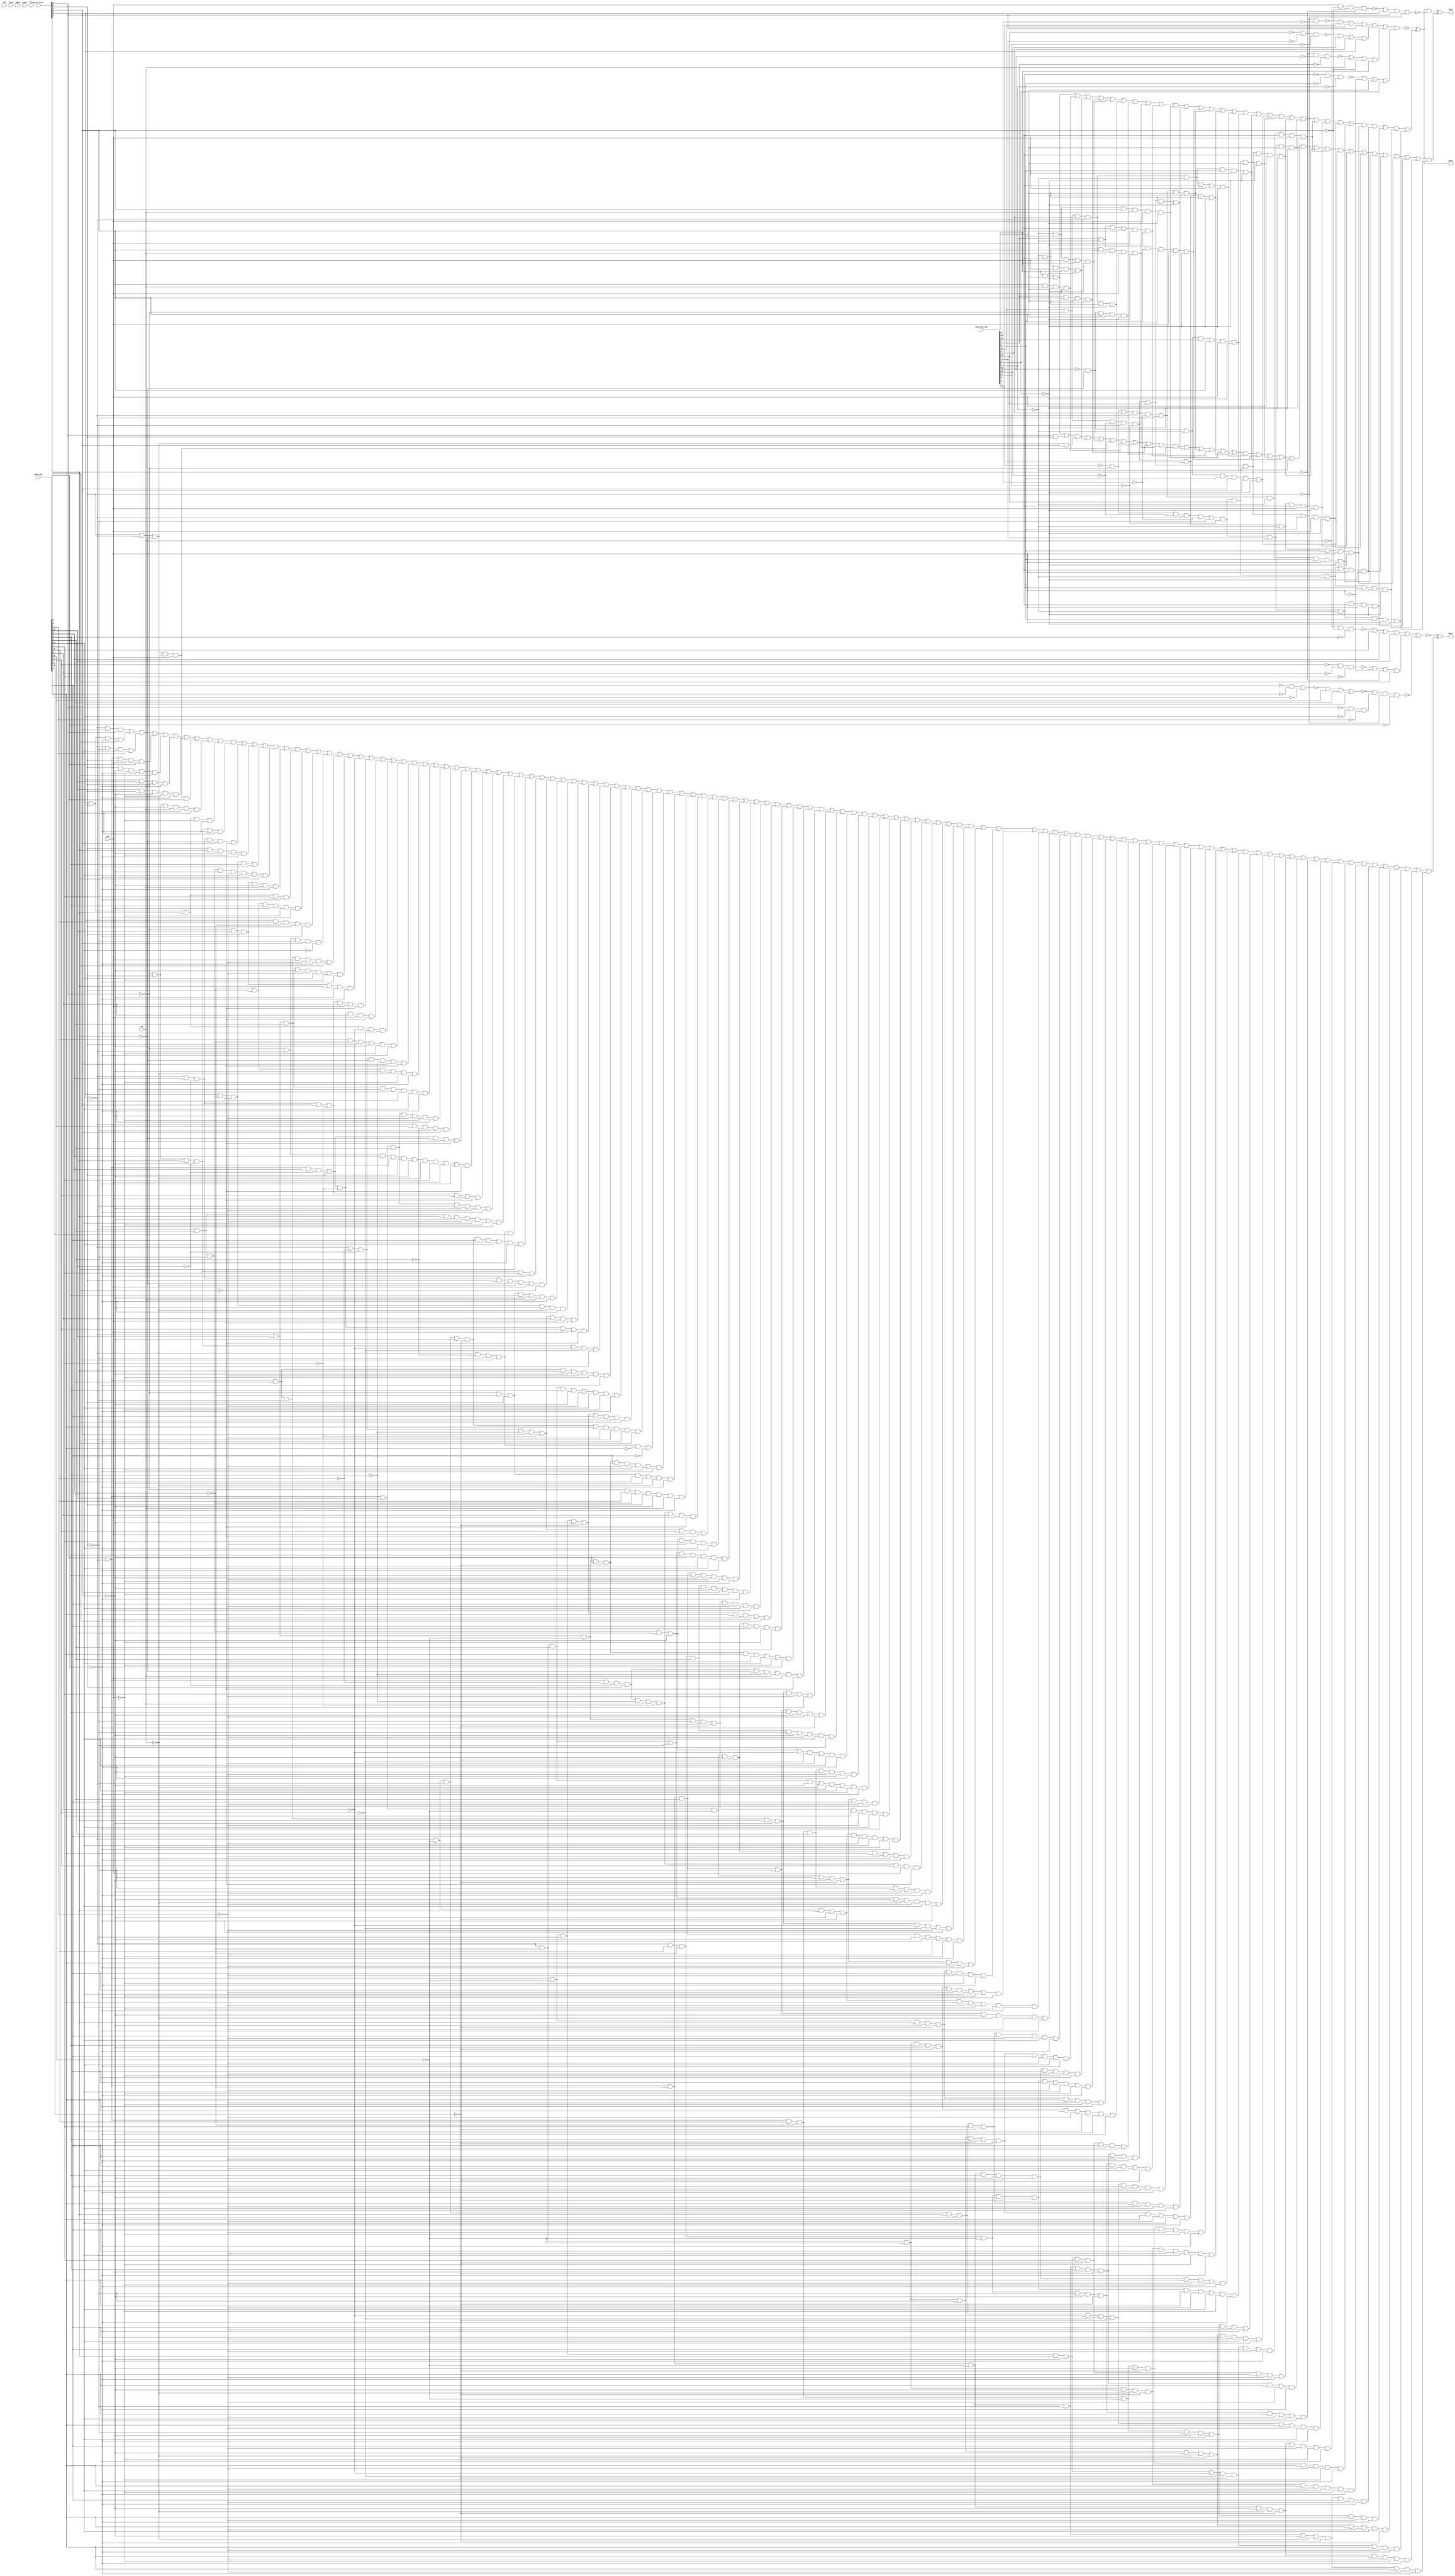
module top(Sync,Gate,Done,clk,ena,rst,Tsync,Tgdel,Tgate,Tlen,prev_cnt,prev_cnt_len,prev_state);
	input clk, ena, rst;
	input [7:0]Tsync, Tgdel;
	input [15:0]Tgate, Tlen, prev_cnt, prev_cnt_len;
	input [4:0]prev_state;
	output Sync, Gate, Done;
	wire clk, ena, rst;
	wire [7:0]Tsync, Tgdel;
	wire [15:0]Tgate, Tlen, prev_cnt, prev_cnt_len;
	wire [4:0]prev_state;
	wire Sync, Gate, Done, n_130, n_142, n_164, n_167, n_290, n_413, n_414, n_415, n_416, n_417, n_418, n_419, n_420, n_421, n_422, n_423, n_424, n_425, n_426, n_427, n_428, n_429, n_430, n_431, n_432, n_433, n_434, n_435, n_436, n_437, n_438, n_439, n_440, n_441, n_442, n_443, n_444, n_445, n_446, n_447, n_448, n_449, n_450, n_451, n_452, n_453, n_454, n_455, n_456, n_457, n_458;
	wire sub_wire0, w_eco0, w_eco1, w_eco2, w_eco3, w_eco4, w_eco5, w_eco6, w_eco7, w_eco8, w_eco9, w_eco10, w_eco11, w_eco12, w_eco13, w_eco14, w_eco15, w_eco16, w_eco17, w_eco18, w_eco19, w_eco20, w_eco21, w_eco22, w_eco23, w_eco24, w_eco25, w_eco26, w_eco27, w_eco28, w_eco29, w_eco30, sub_wire1, w_eco31, w_eco32, w_eco33, w_eco34, w_eco35, w_eco36, w_eco37, w_eco38, w_eco39, w_eco40, w_eco41, w_eco42, w_eco43, w_eco44, w_eco45, w_eco46, w_eco47, w_eco48, w_eco49, w_eco50, w_eco51, w_eco52, w_eco53, w_eco54, w_eco55, w_eco56, w_eco57, w_eco58, w_eco59, w_eco60, w_eco61, w_eco62, w_eco63, w_eco64, sub_wire2, w_eco65, w_eco66, w_eco67, w_eco68, w_eco69, w_eco70, w_eco71, w_eco72, w_eco73, w_eco74, w_eco75, w_eco76, w_eco77, w_eco78, w_eco79, w_eco80, w_eco81, w_eco82, w_eco83, w_eco84, w_eco85, w_eco86, w_eco87, w_eco88, w_eco89, w_eco90, w_eco91, w_eco92, w_eco93, w_eco94, w_eco95, w_eco96, w_eco97, w_eco98, w_eco99, w_eco100, w_eco101, w_eco102, w_eco103, w_eco104, w_eco105, w_eco106, w_eco107, w_eco108, w_eco109, w_eco110, w_eco111, w_eco112, w_eco113, w_eco114, w_eco115, w_eco116, w_eco117, w_eco118, w_eco119, w_eco120, w_eco121, w_eco122, w_eco123, w_eco124, w_eco125, w_eco126, w_eco127, w_eco128, w_eco129, w_eco130, w_eco131, w_eco132, w_eco133, w_eco134, w_eco135, w_eco136, w_eco137, w_eco138, w_eco139, w_eco140, w_eco141, w_eco142, w_eco143, w_eco144, w_eco145, w_eco146, w_eco147, w_eco148, w_eco149, w_eco150, w_eco151, w_eco152, w_eco153, w_eco154, w_eco155, w_eco156, w_eco157, w_eco158, w_eco159, w_eco160, w_eco161, w_eco162, w_eco163, w_eco164, w_eco165, w_eco166, w_eco167, w_eco168, w_eco169, w_eco170, w_eco171, w_eco172, w_eco173, w_eco174, w_eco175, w_eco176, w_eco177, w_eco178, w_eco179, w_eco180, w_eco181, w_eco182;

	nor g63(n_290, Done, n_458);
	not g70(sub_wire1, n_290);
	nor g91(n_130, n_438, prev_cnt_len[5], prev_cnt_len[11], prev_state[1]);
	nor g103(n_142, n_440, prev_cnt_len[15], prev_cnt_len[9], prev_state[3]);
	nor g105(n_167, n_448, prev_cnt[10], prev_cnt[6], prev_cnt[15]);
	nor g111(n_164, n_453, prev_cnt[14], prev_cnt[3], prev_state[3]);
	not g357(n_413, prev_state[1]);
	not g358(n_414, prev_cnt_len[3]);
	not g359(n_415, prev_state[0]);
	not g360(n_416, prev_cnt_len[0]);
	not g361(n_417, prev_cnt_len[7]);
	not g362(n_418, prev_cnt_len[13]);
	not g363(n_419, prev_cnt_len[4]);
	not g364(n_420, prev_cnt_len[10]);
	not g365(n_421, prev_state[2]);
	not g366(n_422, prev_cnt_len[1]);
	not g367(n_423, prev_cnt_len[6]);
	not g368(n_424, prev_cnt_len[12]);
	not g369(n_425, prev_cnt[1]);
	not g370(n_426, prev_state[4]);
	not g371(n_427, rst);
	not g372(n_428, prev_cnt[4]);
	not g373(n_429, prev_cnt[8]);
	not g374(n_430, prev_cnt[12]);
	not g375(n_431, prev_cnt[5]);
	not g376(n_432, prev_cnt[9]);
	not g377(n_433, prev_cnt[13]);
	not g378(n_434, prev_cnt[7]);
	not g379(n_435, prev_cnt[11]);
	not g380(n_436, ena);
	not g381(n_437, prev_cnt[0]);
	nand g382(n_438, n_415, n_414);
	not g383(n_439, n_130);
	nand g384(n_440, n_418, n_417, n_416);
	not g385(n_441, n_142);
	nand g386(n_442, n_421, n_420, n_419);
	nor g387(n_443, n_442, rst, n_426, prev_cnt_len[2]);
	not g388(n_444, n_443);
	nand g389(n_445, n_424, n_423, n_422);
	nor g390(n_446, n_445, n_436, prev_cnt_len[14], prev_cnt_len[8]);
	not g391(n_447, n_446);
	nor g392(sub_wire0, n_439, n_441, n_444, n_447);
	nand g393(n_448, n_427, n_426, n_425);
	not g394(n_449, n_167);
	nand g395(n_450, n_430, n_429, n_428);
	nor g396(n_451, n_450, n_436, n_421, prev_cnt[2]);
	not g397(n_452, n_451);
	nand g398(n_453, n_433, n_432, n_431);
	nand g399(n_454, n_413, n_435, n_434);
	not g400(n_455, n_454);
	nand g401(n_456, n_164, n_455, n_415, n_437);
	nor g402(sub_wire2, n_449, n_452, n_456);
	nand g403(n_457, ena, n_427, n_426, n_421);
	nor g404(n_458, n_457, prev_state[3], prev_state[1], n_415);
	and _ECO_0(w_eco0, prev_cnt_len[2], prev_cnt_len[14], !prev_cnt_len[8]);
	and _ECO_1(w_eco1, prev_state[4], rst, prev_cnt_len[14], !prev_cnt_len[8]);
	and _ECO_2(w_eco2, !prev_cnt_len[1], prev_cnt_len[12], ena, prev_cnt_len[2], !prev_cnt_len[8]);
	and _ECO_3(w_eco3, prev_cnt_len[4], prev_state[4], prev_cnt_len[14], !prev_cnt_len[8]);
	and _ECO_4(w_eco4, !prev_cnt_len[1], prev_cnt_len[6], ena, prev_cnt_len[2], !prev_cnt_len[8]);
	and _ECO_5(w_eco5, prev_cnt_len[11], !prev_state[1], prev_cnt_len[9], !prev_state[3], prev_cnt_len[14], !prev_cnt_len[8]);
	and _ECO_6(w_eco6, !prev_cnt_len[10], !prev_state[2], prev_state[4], prev_cnt_len[14], !prev_cnt_len[8]);
	and _ECO_7(w_eco7, !prev_cnt_len[1], prev_cnt_len[12], prev_state[4], rst, ena, !prev_cnt_len[8]);
	and _ECO_8(w_eco8, prev_cnt_len[4], !prev_cnt_len[1], prev_cnt_len[12], prev_state[4], ena, !prev_cnt_len[8]);
	and _ECO_9(w_eco9, !prev_cnt_len[1], prev_cnt_len[6], prev_state[4], rst, ena, !prev_cnt_len[8]);
	and _ECO_10(w_eco10, prev_cnt_len[11], !prev_state[1], !prev_cnt_len[15], !prev_state[3], !prev_cnt_len[0], prev_cnt_len[13], prev_cnt_len[14], !prev_cnt_len[8]);
	and _ECO_11(w_eco11, prev_cnt_len[4], !prev_cnt_len[1], prev_cnt_len[6], prev_state[4], ena, !prev_cnt_len[8]);
	and _ECO_12(w_eco12, !prev_cnt_len[5], !prev_state[1], prev_cnt_len[9], !prev_state[3], !prev_cnt_len[3], !prev_state[0], prev_cnt_len[14], !prev_cnt_len[8]);
	and _ECO_13(w_eco13, prev_cnt_len[11], !prev_state[1], !prev_cnt_len[15], !prev_state[3], !prev_cnt_len[0], prev_cnt_len[7], prev_cnt_len[14], !prev_cnt_len[8]);
	and _ECO_14(w_eco14, prev_cnt_len[11], !prev_state[1], prev_cnt_len[9], !prev_state[3], !prev_cnt_len[1], prev_cnt_len[12], ena, !prev_cnt_len[8]);
	and _ECO_15(w_eco15, !prev_cnt_len[10], !prev_state[2], !prev_cnt_len[1], prev_cnt_len[12], prev_state[4], ena, !prev_cnt_len[8]);
	and _ECO_16(w_eco16, prev_cnt_len[11], !prev_state[1], prev_cnt_len[9], !prev_state[3], !prev_cnt_len[1], prev_cnt_len[6], ena, !prev_cnt_len[8]);
	and _ECO_17(w_eco17, !prev_cnt_len[10], !prev_state[2], !prev_cnt_len[1], prev_cnt_len[6], prev_state[4], ena, !prev_cnt_len[8]);
	and _ECO_18(w_eco18, !prev_cnt_len[5], !prev_state[1], !prev_cnt_len[15], !prev_state[3], !prev_cnt_len[3], !prev_state[0], !prev_cnt_len[0], prev_cnt_len[13], prev_cnt_len[14], !prev_cnt_len[8]);
	and _ECO_19(w_eco19, prev_cnt_len[11], !prev_state[1], !prev_cnt_len[15], !prev_state[3], !prev_cnt_len[0], prev_cnt_len[13], !prev_cnt_len[1], prev_cnt_len[12], ena, !prev_cnt_len[8]);
	and _ECO_20(w_eco20, !prev_cnt_len[5], !prev_state[1], !prev_cnt_len[15], !prev_state[3], !prev_cnt_len[3], !prev_state[0], !prev_cnt_len[0], prev_cnt_len[7], prev_cnt_len[14], !prev_cnt_len[8]);
	and _ECO_21(w_eco21, !prev_cnt_len[5], !prev_state[1], prev_cnt_len[9], !prev_state[3], !prev_cnt_len[3], !prev_state[0], !prev_cnt_len[1], prev_cnt_len[12], ena, !prev_cnt_len[8]);
	and _ECO_22(w_eco22, prev_cnt_len[11], !prev_state[1], !prev_cnt_len[15], !prev_state[3], !prev_cnt_len[0], prev_cnt_len[7], !prev_cnt_len[1], prev_cnt_len[12], ena, !prev_cnt_len[8]);
	and _ECO_23(w_eco23, prev_cnt_len[11], !prev_state[1], !prev_cnt_len[15], !prev_state[3], !prev_cnt_len[0], prev_cnt_len[13], !prev_cnt_len[1], prev_cnt_len[6], ena, !prev_cnt_len[8]);
	and _ECO_24(w_eco24, !prev_cnt_len[5], !prev_state[1], prev_cnt_len[9], !prev_state[3], !prev_cnt_len[3], !prev_state[0], !prev_cnt_len[1], prev_cnt_len[6], ena, !prev_cnt_len[8]);
	and _ECO_25(w_eco25, prev_cnt_len[11], !prev_state[1], !prev_cnt_len[15], !prev_state[3], !prev_cnt_len[0], prev_cnt_len[7], !prev_cnt_len[1], prev_cnt_len[6], ena, !prev_cnt_len[8]);
	and _ECO_26(w_eco26, !prev_cnt_len[5], !prev_state[1], !prev_cnt_len[15], !prev_state[3], !prev_cnt_len[3], !prev_state[0], !prev_cnt_len[0], prev_cnt_len[13], !prev_cnt_len[1], prev_cnt_len[12], ena, !prev_cnt_len[8]);
	and _ECO_27(w_eco27, !prev_cnt_len[5], !prev_state[1], !prev_cnt_len[15], !prev_state[3], !prev_cnt_len[3], !prev_state[0], !prev_cnt_len[0], prev_cnt_len[7], !prev_cnt_len[1], prev_cnt_len[12], ena, !prev_cnt_len[8]);
	and _ECO_28(w_eco28, !prev_cnt_len[5], !prev_state[1], !prev_cnt_len[15], !prev_state[3], !prev_cnt_len[3], !prev_state[0], !prev_cnt_len[0], prev_cnt_len[13], !prev_cnt_len[1], prev_cnt_len[6], ena, !prev_cnt_len[8]);
	and _ECO_29(w_eco29, !prev_cnt_len[5], !prev_state[1], !prev_cnt_len[15], !prev_state[3], !prev_cnt_len[3], !prev_state[0], !prev_cnt_len[0], prev_cnt_len[7], !prev_cnt_len[1], prev_cnt_len[6], ena, !prev_cnt_len[8]);
	or _ECO_30(w_eco30, w_eco0, w_eco1, w_eco2, w_eco3, w_eco4, w_eco5, w_eco6, w_eco7, w_eco8, w_eco9, w_eco10, w_eco11, w_eco12, w_eco13, w_eco14, w_eco15, w_eco16, w_eco17, w_eco18, w_eco19, w_eco20, w_eco21, w_eco22, w_eco23, w_eco24, w_eco25, w_eco26, w_eco27, w_eco28, w_eco29);
	xor _ECO_out0(Done, sub_wire0, w_eco30);
	and _ECO_31(w_eco31, prev_cnt_len[2], prev_cnt_len[14], !prev_cnt_len[8]);
	and _ECO_32(w_eco32, prev_state[1], prev_state[0]);
	and _ECO_33(w_eco33, !prev_state[3], prev_state[0], !prev_state[2], prev_state[4]);
	and _ECO_34(w_eco34, !prev_cnt_len[1], prev_cnt_len[12], ena, prev_cnt_len[2], !prev_cnt_len[8]);
	and _ECO_35(w_eco35, !prev_cnt_len[1], prev_cnt_len[6], ena, prev_cnt_len[2], !prev_cnt_len[8]);
	and _ECO_36(w_eco36, !prev_state[3], prev_state[0], !prev_state[2], !rst, ena);
	and _ECO_37(w_eco37, prev_state[4], rst, prev_cnt_len[14], !prev_cnt_len[8]);
	and _ECO_38(w_eco38, prev_cnt_len[11], !prev_state[1], prev_cnt_len[9], !prev_state[3], prev_cnt_len[14], !prev_cnt_len[8]);
	and _ECO_39(w_eco39, prev_cnt_len[4], prev_state[4], prev_cnt_len[14], !prev_cnt_len[8]);
	and _ECO_40(w_eco40, !prev_cnt_len[1], prev_cnt_len[12], prev_state[4], rst, ena, !prev_cnt_len[8]);
	and _ECO_41(w_eco41, !prev_cnt_len[10], !prev_state[2], prev_state[4], prev_cnt_len[14], !prev_cnt_len[8]);
	and _ECO_42(w_eco42, prev_cnt_len[11], !prev_state[1], !prev_cnt_len[15], !prev_state[3], !prev_cnt_len[0], prev_cnt_len[13], prev_cnt_len[14], !prev_cnt_len[8]);
	and _ECO_43(w_eco43, !prev_cnt_len[5], !prev_state[1], prev_cnt_len[9], !prev_state[3], !prev_cnt_len[3], !prev_state[0], prev_cnt_len[14], !prev_cnt_len[8]);
	and _ECO_44(w_eco44, prev_cnt_len[4], !prev_cnt_len[1], prev_cnt_len[12], prev_state[4], ena, !prev_cnt_len[8]);
	and _ECO_45(w_eco45, !prev_cnt_len[1], prev_cnt_len[6], prev_state[4], rst, ena, !prev_cnt_len[8]);
	and _ECO_46(w_eco46, prev_cnt_len[11], !prev_state[1], !prev_cnt_len[15], !prev_state[3], !prev_cnt_len[0], prev_cnt_len[7], prev_cnt_len[14], !prev_cnt_len[8]);
	and _ECO_47(w_eco47, prev_cnt_len[11], !prev_state[1], prev_cnt_len[9], !prev_state[3], !prev_cnt_len[1], prev_cnt_len[12], ena, !prev_cnt_len[8]);
	and _ECO_48(w_eco48, prev_cnt_len[4], !prev_cnt_len[1], prev_cnt_len[6], prev_state[4], ena, !prev_cnt_len[8]);
	and _ECO_49(w_eco49, !prev_cnt_len[5], !prev_state[1], !prev_cnt_len[15], !prev_state[3], !prev_cnt_len[3], !prev_state[0], !prev_cnt_len[0], prev_cnt_len[13], prev_cnt_len[14], !prev_cnt_len[8]);
	and _ECO_50(w_eco50, prev_cnt_len[11], !prev_state[1], prev_cnt_len[9], !prev_state[3], !prev_cnt_len[1], prev_cnt_len[6], ena, !prev_cnt_len[8]);
	and _ECO_51(w_eco51, !prev_cnt_len[10], !prev_state[2], !prev_cnt_len[1], prev_cnt_len[12], prev_state[4], ena, !prev_cnt_len[8]);
	and _ECO_52(w_eco52, !prev_cnt_len[5], !prev_state[1], !prev_cnt_len[15], !prev_state[3], !prev_cnt_len[3], !prev_state[0], !prev_cnt_len[0], prev_cnt_len[7], prev_cnt_len[14], !prev_cnt_len[8]);
	and _ECO_53(w_eco53, prev_cnt_len[11], !prev_state[1], !prev_cnt_len[15], !prev_state[3], !prev_cnt_len[0], prev_cnt_len[13], !prev_cnt_len[1], prev_cnt_len[12], ena, !prev_cnt_len[8]);
	and _ECO_54(w_eco54, !prev_cnt_len[5], !prev_state[1], prev_cnt_len[9], !prev_state[3], !prev_cnt_len[3], !prev_state[0], !prev_cnt_len[1], prev_cnt_len[12], ena, !prev_cnt_len[8]);
	and _ECO_55(w_eco55, !prev_cnt_len[10], !prev_state[2], !prev_cnt_len[1], prev_cnt_len[6], prev_state[4], ena, !prev_cnt_len[8]);
	and _ECO_56(w_eco56, prev_cnt_len[11], !prev_state[1], !prev_cnt_len[15], !prev_state[3], !prev_cnt_len[0], prev_cnt_len[7], !prev_cnt_len[1], prev_cnt_len[12], ena, !prev_cnt_len[8]);
	and _ECO_57(w_eco57, prev_cnt_len[11], !prev_state[1], !prev_cnt_len[15], !prev_state[3], !prev_cnt_len[0], prev_cnt_len[13], !prev_cnt_len[1], prev_cnt_len[6], ena, !prev_cnt_len[8]);
	and _ECO_58(w_eco58, !prev_cnt_len[5], !prev_state[1], prev_cnt_len[9], !prev_state[3], !prev_cnt_len[3], !prev_state[0], !prev_cnt_len[1], prev_cnt_len[6], ena, !prev_cnt_len[8]);
	and _ECO_59(w_eco59, !prev_cnt_len[5], !prev_state[1], !prev_cnt_len[15], !prev_state[3], !prev_cnt_len[3], !prev_state[0], !prev_cnt_len[0], prev_cnt_len[13], !prev_cnt_len[1], prev_cnt_len[12], ena, !prev_cnt_len[8]);
	and _ECO_60(w_eco60, prev_cnt_len[11], !prev_state[1], !prev_cnt_len[15], !prev_state[3], !prev_cnt_len[0], prev_cnt_len[7], !prev_cnt_len[1], prev_cnt_len[6], ena, !prev_cnt_len[8]);
	and _ECO_61(w_eco61, !prev_cnt_len[5], !prev_state[1], !prev_cnt_len[15], !prev_state[3], !prev_cnt_len[3], !prev_state[0], !prev_cnt_len[0], prev_cnt_len[7], !prev_cnt_len[1], prev_cnt_len[12], ena, !prev_cnt_len[8]);
	and _ECO_62(w_eco62, !prev_cnt_len[5], !prev_state[1], !prev_cnt_len[15], !prev_state[3], !prev_cnt_len[3], !prev_state[0], !prev_cnt_len[0], prev_cnt_len[13], !prev_cnt_len[1], prev_cnt_len[6], ena, !prev_cnt_len[8]);
	and _ECO_63(w_eco63, !prev_cnt_len[5], !prev_state[1], !prev_cnt_len[15], !prev_state[3], !prev_cnt_len[3], !prev_state[0], !prev_cnt_len[0], prev_cnt_len[7], !prev_cnt_len[1], prev_cnt_len[6], ena, !prev_cnt_len[8]);
	or _ECO_64(w_eco64, w_eco31, w_eco32, w_eco33, w_eco34, w_eco35, w_eco36, w_eco37, w_eco38, w_eco39, w_eco40, w_eco41, w_eco42, w_eco43, w_eco44, w_eco45, w_eco46, w_eco47, w_eco48, w_eco49, w_eco50, w_eco51, w_eco52, w_eco53, w_eco54, w_eco55, w_eco56, w_eco57, w_eco58, w_eco59, w_eco60, w_eco61, w_eco62, w_eco63);
	xor _ECO_out1(Sync, sub_wire1, w_eco64);
	and _ECO_65(w_eco65, !prev_state[3], prev_state[4], prev_cnt[0]);
	and _ECO_66(w_eco66, prev_state[3], prev_state[0], !prev_cnt[0], prev_cnt[2]);
	and _ECO_67(w_eco67, !prev_state[3], !prev_state[0], prev_state[4], prev_cnt[7]);
	and _ECO_68(w_eco68, prev_state[1], !prev_state[3], prev_state[0], ena, prev_cnt[0]);
	and _ECO_69(w_eco69, prev_state[0], !prev_state[4], !ena, !prev_cnt[0], prev_cnt[2]);
	and _ECO_70(w_eco70, prev_state[3], prev_cnt[15], prev_state[0], !prev_cnt[0]);
	and _ECO_71(w_eco71, prev_cnt[15], prev_state[0], !prev_state[4], !ena, !prev_cnt[0]);
	and _ECO_72(w_eco72, !prev_state[3], prev_state[0], !prev_state[2], !rst, ena, prev_cnt[0]);
	and _ECO_73(w_eco73, !prev_state[1], prev_state[0], !prev_state[4], rst, !prev_cnt[0], prev_cnt[2]);
	and _ECO_74(w_eco74, prev_state[3], prev_state[0], prev_state[2], !ena, !prev_cnt[0]);
	and _ECO_75(w_eco75, !prev_state[1], prev_state[0], prev_state[2], !prev_state[4], !prev_cnt[0], prev_cnt[2]);
	and _ECO_76(w_eco76, !prev_state[3], prev_cnt[6], !prev_cnt[15], !prev_state[2], prev_state[4], !prev_cnt[2]);
	and _ECO_77(w_eco77, prev_state[0], prev_state[2], !prev_state[4], !ena, !prev_cnt[0]);
	and _ECO_78(w_eco78, prev_state[3], !prev_cnt[6], prev_state[0], prev_cnt[1], !prev_cnt[0]);
	and _ECO_79(w_eco79, !prev_state[3], prev_cnt[3], !prev_state[0], !prev_state[4], !prev_cnt[7], prev_cnt[11], !prev_cnt[0], prev_cnt[2]);
	and _ECO_80(w_eco80, !prev_state[1], prev_cnt[15], prev_state[0], !prev_state[4], rst, !prev_cnt[0]);
	and _ECO_81(w_eco81, prev_state[3], prev_state[0], prev_state[2], prev_cnt[4], !prev_cnt[0]);
	and _ECO_82(w_eco82, !prev_cnt[6], prev_state[0], prev_cnt[1], !prev_state[4], !ena, !prev_cnt[0]);
	and _ECO_83(w_eco83, prev_state[3], prev_cnt[10], !prev_cnt[6], prev_state[0], !prev_cnt[0]);
	and _ECO_84(w_eco84, !prev_state[1], !prev_state[3], !prev_state[0], prev_state[4], !prev_cnt[11]);
	and _ECO_85(w_eco85, prev_state[1], !prev_state[3], prev_cnt[3], !prev_state[0], !prev_state[4], !prev_cnt[7], !prev_cnt[0], prev_cnt[2]);
	and _ECO_86(w_eco86, !prev_state[3], prev_cnt[15], prev_cnt[3], !prev_state[4], !prev_cnt[7], prev_cnt[11], !ena, !prev_cnt[0]);
	and _ECO_87(w_eco87, !prev_state[1], prev_cnt[15], prev_state[0], prev_state[2], !prev_state[4], !prev_cnt[0]);
	and _ECO_88(w_eco88, !prev_state[3], prev_cnt[6], !prev_cnt[15], prev_state[4], !prev_cnt[4], prev_cnt[8], ena, !prev_cnt[2]);
	and _ECO_89(w_eco89, prev_state[1], !prev_state[3], prev_cnt[6], !prev_cnt[15], prev_state[0], !prev_cnt[4], prev_cnt[8], ena, !prev_cnt[2]);
	and _ECO_90(w_eco90, prev_state[3], prev_state[0], prev_state[2], !prev_cnt[8], !prev_cnt[12], !prev_cnt[0]);
	and _ECO_91(w_eco91, prev_cnt[10], !prev_cnt[6], prev_state[0], !prev_state[4], !ena, !prev_cnt[0]);
	and _ECO_92(w_eco92, !prev_state[3], !prev_cnt[10], !prev_cnt[15], !prev_state[2], !prev_cnt[1], prev_state[4], !prev_cnt[2]);
	and _ECO_93(w_eco93, !prev_cnt[6], prev_state[0], !prev_state[4], !rst, !ena, !prev_cnt[0]);
	and _ECO_94(w_eco94, !prev_state[3], prev_cnt[15], prev_cnt[3], !prev_state[0], !prev_state[4], !prev_cnt[7], prev_cnt[11], !prev_cnt[0]);
	and _ECO_95(w_eco95, prev_state[1], !prev_state[3], prev_cnt[15], prev_cnt[3], !prev_state[4], !prev_cnt[7], !ena, !prev_cnt[0]);
	and _ECO_96(w_eco96, !prev_state[3], prev_cnt[14], !prev_cnt[3], !prev_state[0], prev_state[4]);
	and _ECO_97(w_eco97, prev_state[1], !prev_state[3], prev_cnt[6], !prev_cnt[15], prev_state[0], !prev_state[2], ena, !prev_cnt[2]);
	and _ECO_98(w_eco98, !prev_state[1], !prev_state[3], prev_cnt[6], !prev_cnt[15], prev_state[0], !prev_state[4], !rst, prev_cnt[4], ena, !prev_cnt[0], !prev_cnt[2]);
	and _ECO_99(w_eco99, !prev_state[3], prev_cnt[6], !prev_cnt[15], prev_state[4], !prev_cnt[4], prev_cnt[12], ena, !prev_cnt[2]);
	and _ECO_100(w_eco100, prev_state[1], !prev_state[3], prev_cnt[15], prev_cnt[3], !prev_state[0], !prev_state[4], !prev_cnt[7], !prev_cnt[0]);
	and _ECO_101(w_eco101, !prev_state[3], prev_cnt[3], prev_state[2], !prev_state[4], !prev_cnt[7], prev_cnt[11], !ena, !prev_cnt[0]);
	and _ECO_102(w_eco102, !prev_state[3], !prev_cnt[3], !prev_state[0], prev_state[4], prev_cnt[5]);
	and _ECO_103(w_eco103, !prev_state[3], !prev_cnt[14], !prev_state[0], !prev_state[4], !prev_cnt[5], prev_cnt[13], !prev_cnt[7], prev_cnt[11], !prev_cnt[0], prev_cnt[2]);
	and _ECO_104(w_eco104, !prev_state[1], prev_state[0], prev_state[2], !prev_state[4], prev_cnt[4], !prev_cnt[0]);
	and _ECO_105(w_eco105, !prev_state[3], prev_cnt[6], !prev_cnt[15], prev_state[0], !prev_state[2], !rst, ena, !prev_cnt[2]);
	and _ECO_106(w_eco106, !prev_state[1], !prev_cnt[6], prev_state[0], prev_cnt[1], !prev_state[4], rst, !prev_cnt[0]);
	and _ECO_107(w_eco107, prev_state[3], !prev_cnt[6], prev_state[0], !prev_state[4], !rst, !prev_cnt[0]);
	and _ECO_108(w_eco108, !prev_state[3], !prev_cnt[10], !prev_cnt[15], !prev_cnt[1], prev_state[4], !prev_cnt[4], prev_cnt[8], ena, !prev_cnt[2]);
	and _ECO_109(w_eco109, prev_state[1], !prev_state[3], prev_cnt[6], !prev_cnt[15], prev_state[0], !prev_cnt[4], prev_cnt[12], ena, !prev_cnt[2]);
	and _ECO_110(w_eco110, !prev_state[1], prev_state[0], prev_state[2], !prev_state[4], !prev_cnt[8], !prev_cnt[12], !prev_cnt[0]);
	and _ECO_111(w_eco111, prev_state[1], !prev_state[3], prev_cnt[3], prev_state[2], !prev_state[4], !prev_cnt[7], !ena, !prev_cnt[0]);
	and _ECO_112(w_eco112, !prev_state[3], !prev_cnt[6], prev_cnt[3], prev_cnt[1], !prev_state[4], !prev_cnt[7], prev_cnt[11], !ena, !prev_cnt[0]);
	and _ECO_113(w_eco113, prev_state[1], !prev_state[3], !prev_cnt[14], !prev_state[0], !prev_state[4], !prev_cnt[5], prev_cnt[13], !prev_cnt[7], !prev_cnt[0], prev_cnt[2]);
	and _ECO_114(w_eco114, !prev_state[3], !prev_cnt[14], !prev_state[0], !prev_state[4], !prev_cnt[5], prev_cnt[9], !prev_cnt[7], prev_cnt[11], !prev_cnt[0], prev_cnt[2]);
	and _ECO_115(w_eco115, !prev_state[3], !prev_cnt[3], !prev_state[0], prev_state[4], !prev_cnt[9], !prev_cnt[13]);
	and _ECO_116(w_eco116, !prev_state[3], prev_cnt[15], !prev_cnt[14], !prev_state[4], !prev_cnt[5], prev_cnt[13], !prev_cnt[7], prev_cnt[11], !ena, !prev_cnt[0]);
	and _ECO_117(w_eco117, !prev_state[1], !prev_cnt[6], prev_state[0], prev_state[2], !prev_state[4], !rst, !prev_cnt[0]);
	and _ECO_118(w_eco118, !prev_state[1], prev_cnt[10], !prev_cnt[6], prev_state[0], !prev_state[4], rst, !prev_cnt[0]);
	and _ECO_119(w_eco119, prev_state[1], !prev_state[3], !prev_cnt[10], !prev_cnt[15], prev_state[0], !prev_cnt[1], rst, !prev_cnt[4], prev_cnt[8], ena, !prev_cnt[2]);
	and _ECO_120(w_eco120, !prev_state[3], !prev_cnt[10], !prev_cnt[15], !prev_cnt[1], prev_state[4], !prev_cnt[4], prev_cnt[12], ena, !prev_cnt[2]);
	and _ECO_121(w_eco121, !prev_state[3], prev_cnt[3], !prev_state[0], prev_state[2], !prev_state[4], prev_cnt[4], !prev_cnt[7], prev_cnt[11], !prev_cnt[0]);
	and _ECO_122(w_eco122, !prev_state[3], !prev_cnt[6], prev_cnt[3], !prev_state[0], prev_cnt[1], !prev_state[4], !prev_cnt[7], prev_cnt[11], !prev_cnt[0]);
	and _ECO_123(w_eco123, prev_state[1], !prev_state[3], !prev_cnt[6], prev_cnt[3], prev_cnt[1], !prev_state[4], !prev_cnt[7], !ena, !prev_cnt[0]);
	and _ECO_124(w_eco124, !prev_state[3], prev_cnt[10], !prev_cnt[6], prev_cnt[3], !prev_state[4], !prev_cnt[7], prev_cnt[11], !ena, !prev_cnt[0]);
	and _ECO_125(w_eco125, !prev_state[3], prev_cnt[15], !prev_cnt[14], !prev_state[0], !prev_state[4], !prev_cnt[5], prev_cnt[13], !prev_cnt[7], prev_cnt[11], !prev_cnt[0]);
	and _ECO_126(w_eco126, prev_state[1], !prev_state[3], !prev_cnt[14], !prev_state[0], !prev_state[4], !prev_cnt[5], prev_cnt[9], !prev_cnt[7], !prev_cnt[0], prev_cnt[2]);
	and _ECO_127(w_eco127, prev_state[1], !prev_state[3], prev_cnt[15], !prev_cnt[14], !prev_state[4], !prev_cnt[5], prev_cnt[13], !prev_cnt[7], !ena, !prev_cnt[0]);
	and _ECO_128(w_eco128, !prev_state[3], prev_cnt[15], !prev_cnt[14], !prev_state[4], !prev_cnt[5], prev_cnt[9], !prev_cnt[7], prev_cnt[11], !ena, !prev_cnt[0]);
	and _ECO_129(w_eco129, prev_state[1], !prev_state[3], !prev_cnt[10], !prev_cnt[15], prev_state[0], !prev_state[2], !prev_cnt[1], rst, ena, !prev_cnt[2]);
	and _ECO_130(w_eco130, prev_state[1], !prev_state[3], prev_cnt[3], !prev_state[0], prev_state[2], !prev_state[4], prev_cnt[4], !prev_cnt[7], !prev_cnt[0]);
	and _ECO_131(w_eco131, prev_state[1], !prev_state[3], !prev_cnt[6], prev_cnt[3], !prev_state[0], prev_cnt[1], !prev_state[4], !prev_cnt[7], !prev_cnt[0]);
	and _ECO_132(w_eco132, !prev_state[3], prev_cnt[10], !prev_cnt[6], prev_cnt[3], !prev_state[0], !prev_state[4], !prev_cnt[7], prev_cnt[11], !prev_cnt[0]);
	and _ECO_133(w_eco133, !prev_state[3], prev_cnt[3], !prev_state[0], prev_state[2], !prev_state[4], !prev_cnt[8], !prev_cnt[12], !prev_cnt[7], prev_cnt[11], !prev_cnt[0]);
	and _ECO_134(w_eco134, prev_state[1], !prev_state[3], prev_cnt[10], !prev_cnt[6], prev_cnt[3], !prev_state[4], !prev_cnt[7], !ena, !prev_cnt[0]);
	and _ECO_135(w_eco135, !prev_state[3], !prev_cnt[6], prev_cnt[3], !prev_state[4], !rst, !prev_cnt[7], prev_cnt[11], !ena, !prev_cnt[0]);
	and _ECO_136(w_eco136, prev_state[1], !prev_state[3], prev_cnt[15], !prev_cnt[14], !prev_state[0], !prev_state[4], !prev_cnt[5], prev_cnt[13], !prev_cnt[7], !prev_cnt[0]);
	and _ECO_137(w_eco137, !prev_state[3], prev_cnt[15], !prev_cnt[14], !prev_state[0], !prev_state[4], !prev_cnt[5], prev_cnt[9], !prev_cnt[7], prev_cnt[11], !prev_cnt[0]);
	and _ECO_138(w_eco138, !prev_state[3], !prev_cnt[14], prev_state[2], !prev_state[4], !prev_cnt[5], prev_cnt[13], !prev_cnt[7], prev_cnt[11], !ena, !prev_cnt[0]);
	and _ECO_139(w_eco139, prev_state[1], !prev_state[3], prev_cnt[15], !prev_cnt[14], !prev_state[4], !prev_cnt[5], prev_cnt[9], !prev_cnt[7], !ena, !prev_cnt[0]);
	and _ECO_140(w_eco140, prev_state[1], !prev_state[3], !prev_cnt[10], !prev_cnt[15], prev_state[0], !prev_cnt[1], rst, !prev_cnt[4], prev_cnt[12], ena, !prev_cnt[2]);
	and _ECO_141(w_eco141, prev_state[1], !prev_state[3], prev_cnt[10], !prev_cnt[6], prev_cnt[3], !prev_state[0], !prev_state[4], !prev_cnt[7], !prev_cnt[0]);
	and _ECO_142(w_eco142, !prev_state[3], !prev_cnt[6], prev_cnt[3], !prev_state[0], !prev_state[4], !rst, !prev_cnt[7], prev_cnt[11], !prev_cnt[0]);
	and _ECO_143(w_eco143, prev_state[1], !prev_state[3], prev_cnt[3], !prev_state[0], prev_state[2], !prev_state[4], !prev_cnt[8], !prev_cnt[12], !prev_cnt[7], !prev_cnt[0]);
	and _ECO_144(w_eco144, prev_state[1], !prev_state[3], !prev_cnt[6], prev_cnt[3], !prev_state[4], !rst, !prev_cnt[7], !ena, !prev_cnt[0]);
	and _ECO_145(w_eco145, prev_state[1], !prev_state[3], prev_cnt[15], !prev_cnt[14], !prev_state[0], !prev_state[4], !prev_cnt[5], prev_cnt[9], !prev_cnt[7], !prev_cnt[0]);
	and _ECO_146(w_eco146, prev_state[1], !prev_state[3], !prev_cnt[14], prev_state[2], !prev_state[4], !prev_cnt[5], prev_cnt[13], !prev_cnt[7], !ena, !prev_cnt[0]);
	and _ECO_147(w_eco147, !prev_state[3], !prev_cnt[6], !prev_cnt[14], prev_cnt[1], !prev_state[4], !prev_cnt[5], prev_cnt[13], !prev_cnt[7], prev_cnt[11], !ena, !prev_cnt[0]);
	and _ECO_148(w_eco148, !prev_state[3], !prev_cnt[14], prev_state[2], !prev_state[4], !prev_cnt[5], prev_cnt[9], !prev_cnt[7], prev_cnt[11], !ena, !prev_cnt[0]);
	and _ECO_149(w_eco149, prev_state[1], !prev_state[3], !prev_cnt[6], prev_cnt[3], !prev_state[0], !prev_state[4], !rst, !prev_cnt[7], !prev_cnt[0]);
	and _ECO_150(w_eco150, !prev_state[3], !prev_cnt[14], !prev_state[0], prev_state[2], !prev_state[4], prev_cnt[4], !prev_cnt[5], prev_cnt[13], !prev_cnt[7], prev_cnt[11], !prev_cnt[0]);
	and _ECO_151(w_eco151, !prev_state[3], !prev_cnt[6], !prev_cnt[14], !prev_state[0], prev_cnt[1], !prev_state[4], !prev_cnt[5], prev_cnt[13], !prev_cnt[7], prev_cnt[11], !prev_cnt[0]);
	and _ECO_152(w_eco152, prev_state[1], !prev_state[3], !prev_cnt[6], !prev_cnt[14], prev_cnt[1], !prev_state[4], !prev_cnt[5], prev_cnt[13], !prev_cnt[7], !ena, !prev_cnt[0]);
	and _ECO_153(w_eco153, !prev_state[3], prev_cnt[10], !prev_cnt[6], !prev_cnt[14], !prev_state[4], !prev_cnt[5], prev_cnt[13], !prev_cnt[7], prev_cnt[11], !ena, !prev_cnt[0]);
	and _ECO_154(w_eco154, prev_state[1], !prev_state[3], !prev_cnt[14], prev_state[2], !prev_state[4], !prev_cnt[5], prev_cnt[9], !prev_cnt[7], !ena, !prev_cnt[0]);
	and _ECO_155(w_eco155, !prev_state[3], !prev_cnt[6], !prev_cnt[14], prev_cnt[1], !prev_state[4], !prev_cnt[5], prev_cnt[9], !prev_cnt[7], prev_cnt[11], !ena, !prev_cnt[0]);
	and _ECO_156(w_eco156, prev_state[1], !prev_state[3], !prev_cnt[14], !prev_state[0], prev_state[2], !prev_state[4], prev_cnt[4], !prev_cnt[5], prev_cnt[13], !prev_cnt[7], !prev_cnt[0]);
	and _ECO_157(w_eco157, prev_state[1], !prev_state[3], !prev_cnt[6], !prev_cnt[14], !prev_state[0], prev_cnt[1], !prev_state[4], !prev_cnt[5], prev_cnt[13], !prev_cnt[7], !prev_cnt[0]);
	and _ECO_158(w_eco158, !prev_state[3], prev_cnt[10], !prev_cnt[6], !prev_cnt[14], !prev_state[0], !prev_state[4], !prev_cnt[5], prev_cnt[13], !prev_cnt[7], prev_cnt[11], !prev_cnt[0]);
	and _ECO_159(w_eco159, !prev_state[3], !prev_cnt[14], !prev_state[0], prev_state[2], !prev_state[4], !prev_cnt[8], !prev_cnt[12], !prev_cnt[5], prev_cnt[13], !prev_cnt[7], prev_cnt[11], !prev_cnt[0]);
	and _ECO_160(w_eco160, !prev_state[3], !prev_cnt[14], !prev_state[0], prev_state[2], !prev_state[4], prev_cnt[4], !prev_cnt[5], prev_cnt[9], !prev_cnt[7], prev_cnt[11], !prev_cnt[0]);
	and _ECO_161(w_eco161, !prev_state[3], !prev_cnt[6], !prev_cnt[14], !prev_state[0], prev_cnt[1], !prev_state[4], !prev_cnt[5], prev_cnt[9], !prev_cnt[7], prev_cnt[11], !prev_cnt[0]);
	and _ECO_162(w_eco162, prev_state[1], !prev_state[3], prev_cnt[10], !prev_cnt[6], !prev_cnt[14], !prev_state[4], !prev_cnt[5], prev_cnt[13], !prev_cnt[7], !ena, !prev_cnt[0]);
	and _ECO_163(w_eco163, !prev_state[3], !prev_cnt[6], !prev_cnt[14], !prev_state[4], !rst, !prev_cnt[5], prev_cnt[13], !prev_cnt[7], prev_cnt[11], !ena, !prev_cnt[0]);
	and _ECO_164(w_eco164, prev_state[1], !prev_state[3], !prev_cnt[6], !prev_cnt[14], prev_cnt[1], !prev_state[4], !prev_cnt[5], prev_cnt[9], !prev_cnt[7], !ena, !prev_cnt[0]);
	and _ECO_165(w_eco165, !prev_state[3], prev_cnt[10], !prev_cnt[6], !prev_cnt[14], !prev_state[4], !prev_cnt[5], prev_cnt[9], !prev_cnt[7], prev_cnt[11], !ena, !prev_cnt[0]);
	and _ECO_166(w_eco166, prev_state[1], !prev_state[3], prev_cnt[10], !prev_cnt[6], !prev_cnt[14], !prev_state[0], !prev_state[4], !prev_cnt[5], prev_cnt[13], !prev_cnt[7], !prev_cnt[0]);
	and _ECO_167(w_eco167, !prev_state[3], !prev_cnt[6], !prev_cnt[14], !prev_state[0], !prev_state[4], !rst, !prev_cnt[5], prev_cnt[13], !prev_cnt[7], prev_cnt[11], !prev_cnt[0]);
	and _ECO_168(w_eco168, prev_state[1], !prev_state[3], !prev_cnt[14], !prev_state[0], prev_state[2], !prev_state[4], !prev_cnt[8], !prev_cnt[12], !prev_cnt[5], prev_cnt[13], !prev_cnt[7], !prev_cnt[0]);
	and _ECO_169(w_eco169, prev_state[1], !prev_state[3], !prev_cnt[14], !prev_state[0], prev_state[2], !prev_state[4], prev_cnt[4], !prev_cnt[5], prev_cnt[9], !prev_cnt[7], !prev_cnt[0]);
	and _ECO_170(w_eco170, prev_state[1], !prev_state[3], !prev_cnt[6], !prev_cnt[14], !prev_state[0], prev_cnt[1], !prev_state[4], !prev_cnt[5], prev_cnt[9], !prev_cnt[7], !prev_cnt[0]);
	and _ECO_171(w_eco171, !prev_state[3], prev_cnt[10], !prev_cnt[6], !prev_cnt[14], !prev_state[0], !prev_state[4], !prev_cnt[5], prev_cnt[9], !prev_cnt[7], prev_cnt[11], !prev_cnt[0]);
	and _ECO_172(w_eco172, !prev_state[3], !prev_cnt[14], !prev_state[0], prev_state[2], !prev_state[4], !prev_cnt[8], !prev_cnt[12], !prev_cnt[5], prev_cnt[9], !prev_cnt[7], prev_cnt[11], !prev_cnt[0]);
	and _ECO_173(w_eco173, prev_state[1], !prev_state[3], !prev_cnt[6], !prev_cnt[14], !prev_state[4], !rst, !prev_cnt[5], prev_cnt[13], !prev_cnt[7], !ena, !prev_cnt[0]);
	and _ECO_174(w_eco174, prev_state[1], !prev_state[3], prev_cnt[10], !prev_cnt[6], !prev_cnt[14], !prev_state[4], !prev_cnt[5], prev_cnt[9], !prev_cnt[7], !ena, !prev_cnt[0]);
	and _ECO_175(w_eco175, !prev_state[3], !prev_cnt[6], !prev_cnt[14], !prev_state[4], !rst, !prev_cnt[5], prev_cnt[9], !prev_cnt[7], prev_cnt[11], !ena, !prev_cnt[0]);
	and _ECO_176(w_eco176, prev_state[1], !prev_state[3], !prev_cnt[6], !prev_cnt[14], !prev_state[0], !prev_state[4], !rst, !prev_cnt[5], prev_cnt[13], !prev_cnt[7], !prev_cnt[0]);
	and _ECO_177(w_eco177, prev_state[1], !prev_state[3], prev_cnt[10], !prev_cnt[6], !prev_cnt[14], !prev_state[0], !prev_state[4], !prev_cnt[5], prev_cnt[9], !prev_cnt[7], !prev_cnt[0]);
	and _ECO_178(w_eco178, !prev_state[3], !prev_cnt[6], !prev_cnt[14], !prev_state[0], !prev_state[4], !rst, !prev_cnt[5], prev_cnt[9], !prev_cnt[7], prev_cnt[11], !prev_cnt[0]);
	and _ECO_179(w_eco179, prev_state[1], !prev_state[3], !prev_cnt[14], !prev_state[0], prev_state[2], !prev_state[4], !prev_cnt[8], !prev_cnt[12], !prev_cnt[5], prev_cnt[9], !prev_cnt[7], !prev_cnt[0]);
	and _ECO_180(w_eco180, prev_state[1], !prev_state[3], !prev_cnt[6], !prev_cnt[14], !prev_state[4], !rst, !prev_cnt[5], prev_cnt[9], !prev_cnt[7], !ena, !prev_cnt[0]);
	and _ECO_181(w_eco181, prev_state[1], !prev_state[3], !prev_cnt[6], !prev_cnt[14], !prev_state[0], !prev_state[4], !rst, !prev_cnt[5], prev_cnt[9], !prev_cnt[7], !prev_cnt[0]);
	or _ECO_182(w_eco182, w_eco65, w_eco66, w_eco67, w_eco68, w_eco69, w_eco70, w_eco71, w_eco72, w_eco73, w_eco74, w_eco75, w_eco76, w_eco77, w_eco78, w_eco79, w_eco80, w_eco81, w_eco82, w_eco83, w_eco84, w_eco85, w_eco86, w_eco87, w_eco88, w_eco89, w_eco90, w_eco91, w_eco92, w_eco93, w_eco94, w_eco95, w_eco96, w_eco97, w_eco98, w_eco99, w_eco100, w_eco101, w_eco102, w_eco103, w_eco104, w_eco105, w_eco106, w_eco107, w_eco108, w_eco109, w_eco110, w_eco111, w_eco112, w_eco113, w_eco114, w_eco115, w_eco116, w_eco117, w_eco118, w_eco119, w_eco120, w_eco121, w_eco122, w_eco123, w_eco124, w_eco125, w_eco126, w_eco127, w_eco128, w_eco129, w_eco130, w_eco131, w_eco132, w_eco133, w_eco134, w_eco135, w_eco136, w_eco137, w_eco138, w_eco139, w_eco140, w_eco141, w_eco142, w_eco143, w_eco144, w_eco145, w_eco146, w_eco147, w_eco148, w_eco149, w_eco150, w_eco151, w_eco152, w_eco153, w_eco154, w_eco155, w_eco156, w_eco157, w_eco158, w_eco159, w_eco160, w_eco161, w_eco162, w_eco163, w_eco164, w_eco165, w_eco166, w_eco167, w_eco168, w_eco169, w_eco170, w_eco171, w_eco172, w_eco173, w_eco174, w_eco175, w_eco176, w_eco177, w_eco178, w_eco179, w_eco180, w_eco181);
	xor _ECO_out2(Gate, sub_wire2, w_eco182);

endmodule